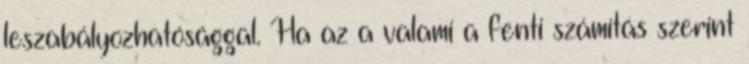
leszabályozhatósággal. Ha az a valami a fenti számítás szerint